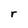
Character: r